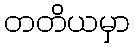
တတိယမှာ